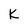
Character: K